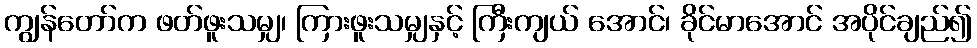
ကျွန်တော်က ဖတ်ဖူးသမျှ၊ ကြားဖူးသမျှနှင့် ကြီးကျယ် အောင်၊ ခိုင်မာအောင် အပိုင်ချည်၍